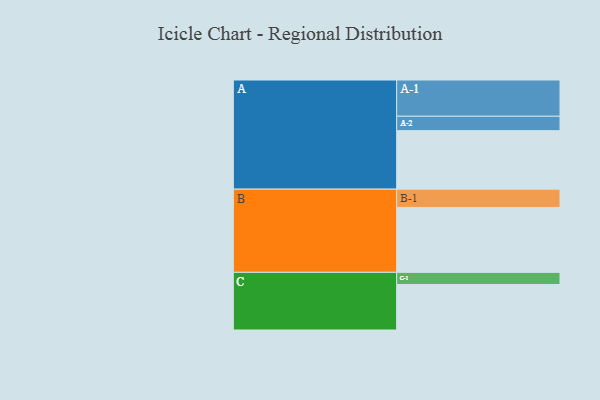
{"axis": {"x": "Segment", "y": "Value"}, "legend": ["", "A", "B", "C"], "data": [{"x": "A", "y": 410, "type": ""}, {"x": "B", "y": 455, "type": ""}, {"x": "C", "y": 319, "type": ""}, {"x": "A-1", "y": 254, "type": "A"}, {"x": "A-2", "y": 101, "type": "A"}, {"x": "B-1", "y": 128, "type": "B"}, {"x": "C-1", "y": 85, "type": "C"}]}